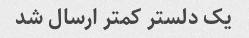
یک دلستر کمتر ارسال شد